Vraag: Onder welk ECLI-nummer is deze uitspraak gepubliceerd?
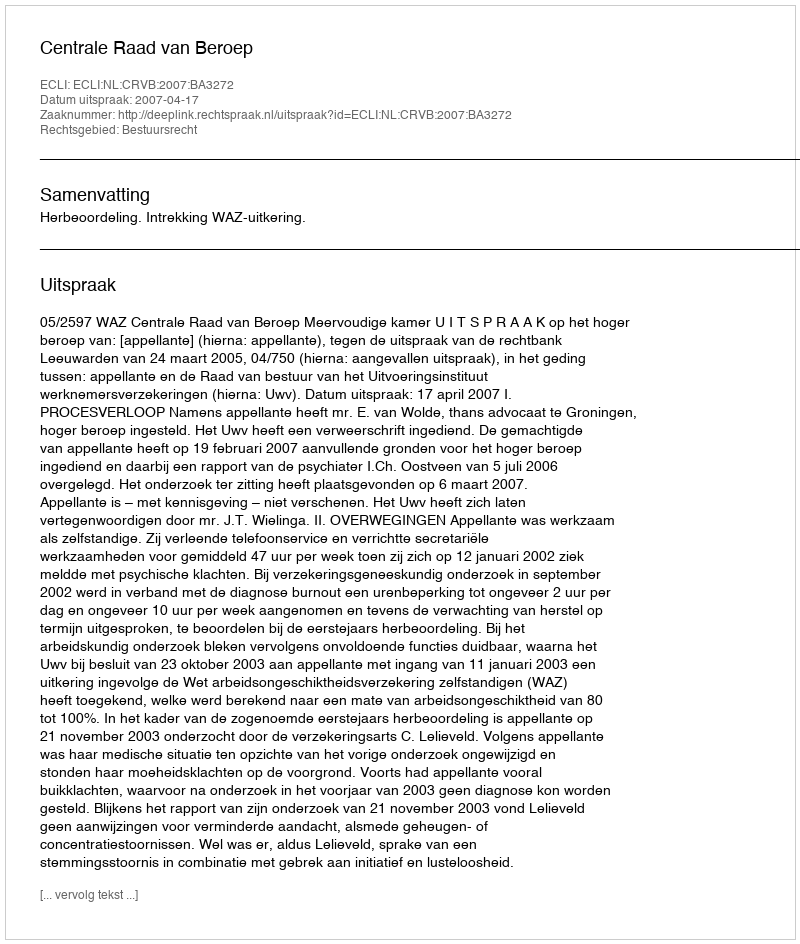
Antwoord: ECLI:NL:CRVB:2007:BA3272